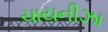
ચાયનીઝા